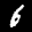
Label: 6